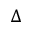
\Delta